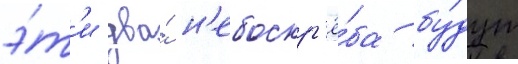
э́т'и два́ н'ебоскр'ё́ба бу́дут